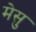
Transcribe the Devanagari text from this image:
मेसु